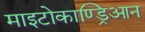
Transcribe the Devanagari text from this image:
माइटोकाण्ड्रिआन